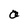
Character: a